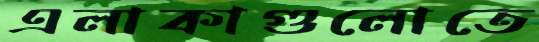
এলাকাগুলোতে